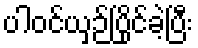
ပါဝင်ယှဉ်ပြိုင်ခဲ့ပြီး